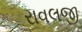
રાવલજી